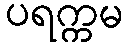
ပရက္ကမ